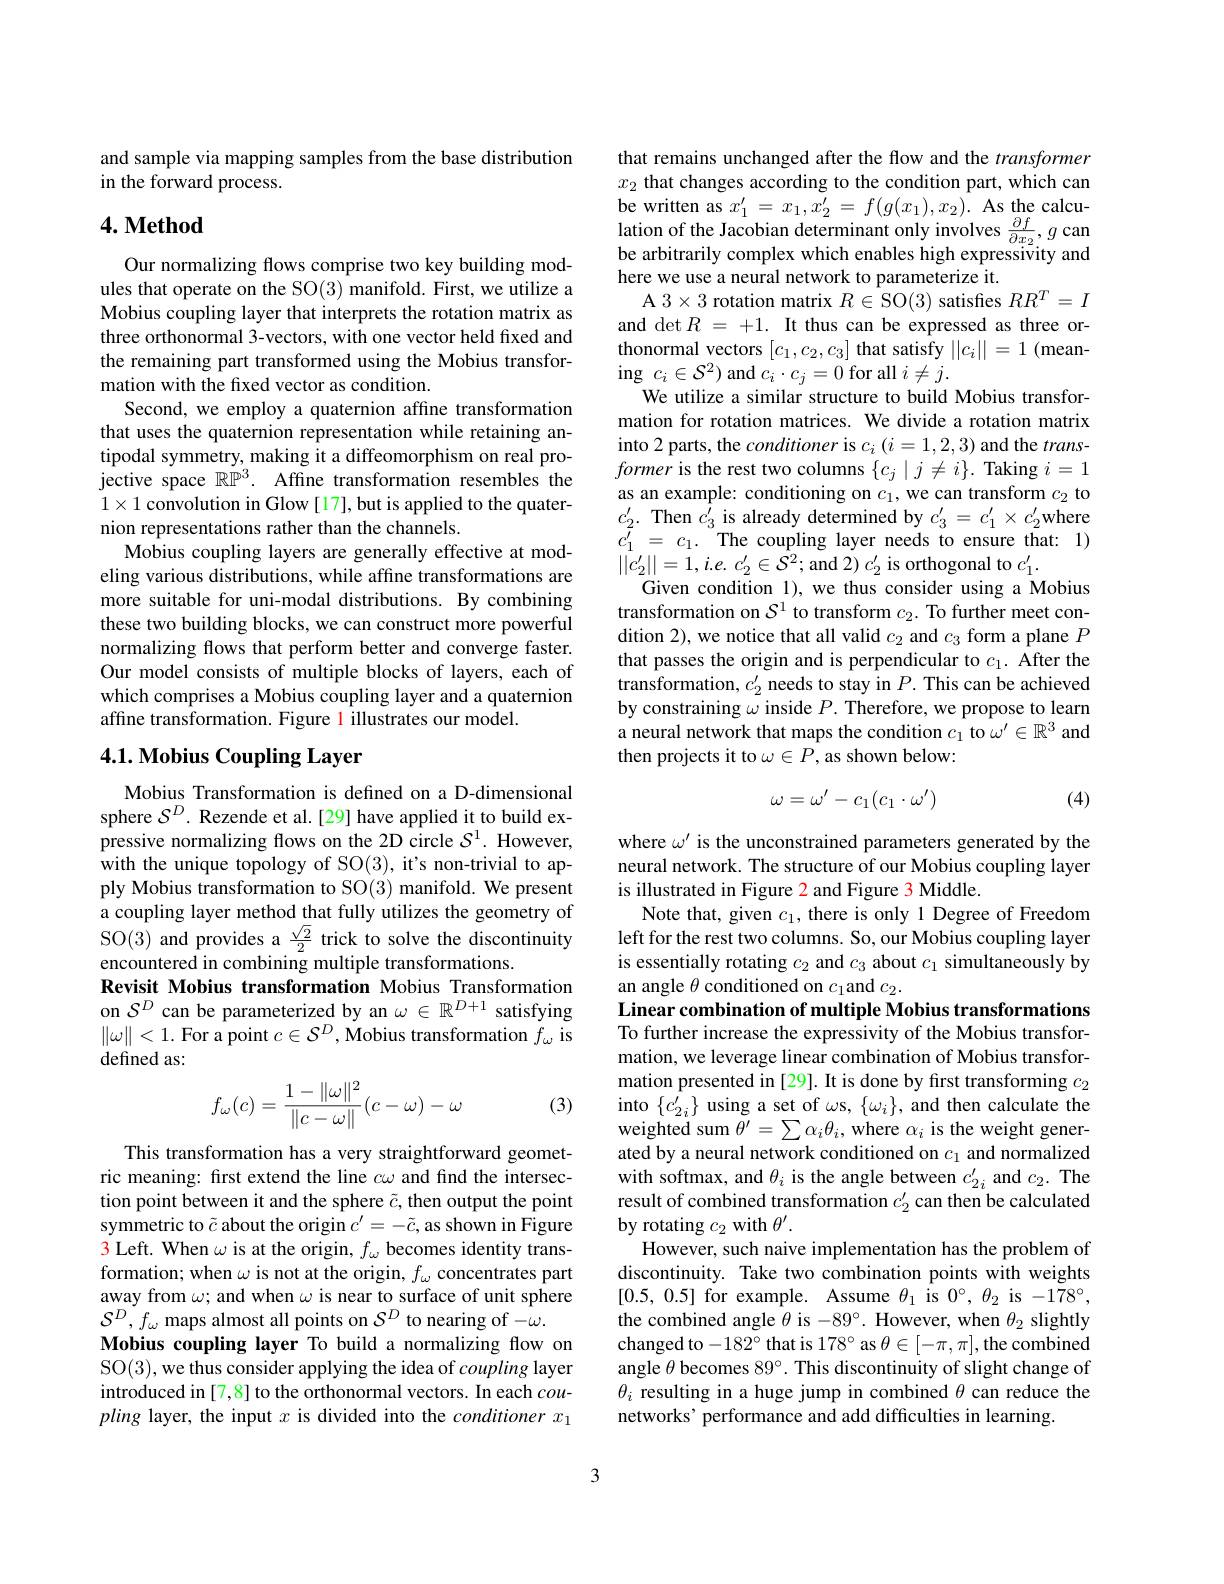
and sample via mapping samples from the base distribution
in the forward process.

## $4. \textbf{Method}$

Our normalizing flows comprise two key building modules that operate on the SO(3) manifold. First, we utilize a Mobius coupling layer that interprets the rotation matrix as three orthonormal 3-vectors, with one vector held fixed and the remaining part transformed using the Mobius transformation with the fixed vector as condition.
Second, we employ a quaternion affine transformation that uses the quaternion representation while retaining antipodal symmetry, making it a diffeomorphism on real projective space $\mathbb{RP}^3.$ Affine transformation resembles the $1\times1$ convolution in Glow [17], but is applied to the quaternion representations rather than the channels.
Mobius coupling layers are generally effective at modeling various distributions, while affine transformations are more suitable for uni-modal distributions. By combining these two building blocks, we can construct more powerful normalizing flows that perform better and converge faster. Our model consists of multiple blocks of layers, each of which comprises a Mobius coupling layer and a quaternion affine transformation. Figure 1 illustrates our model.

## 4.1. Mobius Coupling Layer

Mobius Transformation is defined on a D-dimensional sphere $\mathcal{S}^D.$ Rezende et al.[29] have applied it to build expressive normalizing flows on the 2D circle $S^1.$ However, with the unique topology of SO(3), it's non-trivial to apply Mobius transformation to SO(3) manifold. We present a coupling layer method that fully utilizes the geometry of SO(3) and provides a $\frac{\sqrt{2}}{2}$ trick to solve the discontinuity encountered in combining multiple transformations.
Revisit Mobius transformation Mobius Transformation on $\mathcal{S}^D$ can be parameterized by an $\omega\in\mathbb{R}^D+1$ satisfying $\|\omega\|<1.$ For a point $c\in\mathcal{S}^D$, Mobius transformation $f_\omega$ is defined as:
$$f_\omega(c)=\frac{1-\|\omega\|^2}{\|c-\omega\|}(c-\omega)-\omega $$
(3)

This transformation has a very straightforward geometric meaning: first extend the line $c\omega$ and find the intersection point between it and the sphere $\tilde{c}$, then output the point symmetric to $\tilde{c}$ about the origin $c^\prime=-\tilde{c}$, as shown in Figure 3 Left. When $\omega$ is at the origin, $f_\omega$ becomes identity transformation; when $\omega$ is not at the origin, $f_\omega$ concentrates part away from $\omega;$ and when $\omega$ is near to surface of unit sphere $\mathcal{S}^{D},f_{\omega}$ maps almost all points on $\mathcal{S}^D$ to nearing of -$\omega.$
Mobius coupling layer To build a normalizing flow on SO(3), we thus consider applying the idea of coupling layer introduced in [7,8] to the orthonormal vectors. In each coupling layer, the input $x$ is divided into the conditioner $x_1$

that remains unchanged after the flow and the transformer $x_2$ that changes according to the condition part, which can be written as $x_{1}^{\prime }= x_{1}, x_{2}^{\prime }= f( g( x_{1}) , x_{2}) .$ As the calcu- lation of the Jacobian determinant only involves $\frac {\partial f}{\partial x_{2}}, g$ can $\textbf{be arbitrarilv complex which enables bigh exnessivitv and}$ be arbitrarily complex which enables high expressivity and here we use a neural network to parameterize it.
A $3\times3$ rotation matrix $R\in$SO(3) satisfies $RR^T=I$ and $\det R$ = +1. It thus can be expressed as three orthonormal vectors $[c_1,c_2,c_3]$ that satisfy $||c_i||=1$ (meaning $c_i\in\mathcal{S}^2)$ and $c_i\cdot c_j=0$ for all $i\neq j.$
We utilize a similar structure to build Mobius transformation for rotation matrices. We divide a rotation matrix into 2 parts, the conditioner is $c_i\left(i=1,2,3\right)$ and the $trans-$ former is the rest two columns $\{c_j\mid j\neq i\}.$ Taking $i=1$ as an example: conditioning on $c_1$, we can transform $c_2$ to $\begin{array}{ll}{c_{2}^{\prime}.~\mathrm{Then~}c_{3}^{\prime}~\mathrm{is~already~determined~by~}c_{3}^{\prime}=c_{1}^{\prime}\times c_{2}^{\prime}\mathrm{where}}\\{c_{1}^{\prime}~=~c_{1}.~\mathrm{The~coupling~layer~needs~to~ensure~that:~1)}}\\\end{array}$ $||c_{2}^{\prime}||=1,i.e.~c_{2}^{\prime}\in\hat{\mathcal{S}}^{2};$ and $2)~c_{2}^{\prime}~$is orthogonal to $c_{1}^{\prime}.$
Given condition 1), we thus consider using a Mobius transformation on $\mathcal{S}^1$ to transform $c_2.$ To further meet condition 2), we notice that all valid $c_2$ and $c_3$ form a plane $P$ that passes the origin and is perpendicular to $c_1.$ After the transformation, $c_2^{\prime}$ needs to stay in $P.$ This can be achieved by constraining $\omega$ inside $P.$ Therefore, we propose to learn a neural network that maps the condition $c_1$ to $\omega^\prime\in\mathbb{R}^3$ and then projects it to $\omega\in P$, as shown below:
$$\omega=\omega'-c_1(c_1\cdot\omega')$$
(4)

where $\omega^\prime$ is the unconstrained parameters generated by the neural network. The structure of our Mobius coupling layer is illustrated in Figure 2 and Figure 3 Middle.
Note that, given $c_1$, there is only 1 Degree of Freedom left for the rest two columns. So, our Mobius coupling layer is essentially rotating $c_2$ and $c_3$ about $c_1$ simultaneously by an angle $\theta$ conditioned on $c_1$and $c_2.$
Linear combination of multiple Mobius transformations To further increase the expressivity of the Mobius transformation, we leverage linear combination of Mobius transformation presented in [29]. It is done by first transforming $c_2$ into $\{c_{2i}^{\prime}\}$ using a set of $\omega$s, $\{\omega_i\}$, and then calculate the weighted sum $\theta^\prime=\sum\alpha_{i}\theta_{i}$, where $\alpha_{i}$ is the weight generated by a neural network conditioned on $c_1$ and normalized with softmax, and $\theta_i$ is the angle between $c_2i^{\prime}$ and $c_2.$ The result of combined transformation $c_2^{\prime}$ can then be calculated by rotating $c_2$ with $\theta^\prime.$
However, such naive implementation has the problem of discontinuity. Take two combination points with weights [0.5,0.5] for example. Assume $\theta_1$ is $0^\circ,\theta_2$ is -178°, the combined angle $\theta$ is -89°. However, when $\theta_2$ slightly changed to $-182^\circ$ that is $178^\circ$ as $\theta\in[-\pi,\pi]$, the combined angle $\theta$ becomes 89°. This discontinuity of slight change of $\theta_i$ resulting in a huge jump in combined $\theta$ can reduce the networks' performance and add difficulties in learning.

3